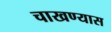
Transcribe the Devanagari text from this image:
चाखण्यास